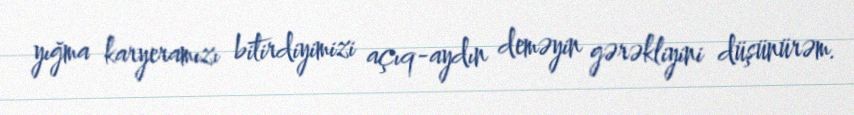
yığma karyeramızı bitirdiyimizi açıq-aydın deməyin gərəkliyini düşünürəm.